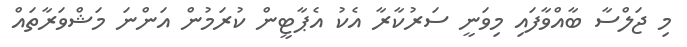
މި ޖަލްސާ ބާއްވާފައި މިވަނީ ސަރުކާރާ އެކު އެޕާޓީން ކުރަމުން އަންނަ މަޝްވަރާތައް